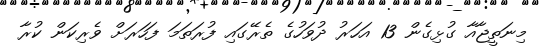
މިނަތީޖާއާ ގުޅިގެން 13 އަހަރު ދުވަހުގެ ތެރޭގައި ފުރަތަމަ ފަހަރަށް ވެރިކަން ކުރާ